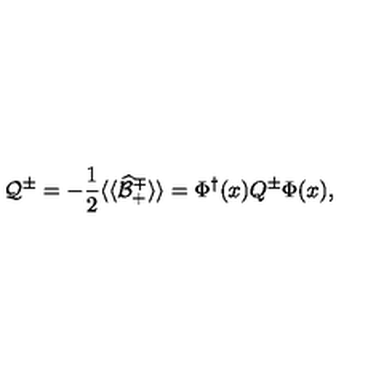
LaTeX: { \cal Q } ^ { \pm } = - \frac { 1 } { 2 } \langle \langle \widehat { \cal B } _ { + } ^ { \mp } \rangle \rangle = \Phi ^ { \dagger } ( x ) Q ^ { \pm } \Phi ( x ) ,